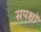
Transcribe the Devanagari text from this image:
सपक्षों